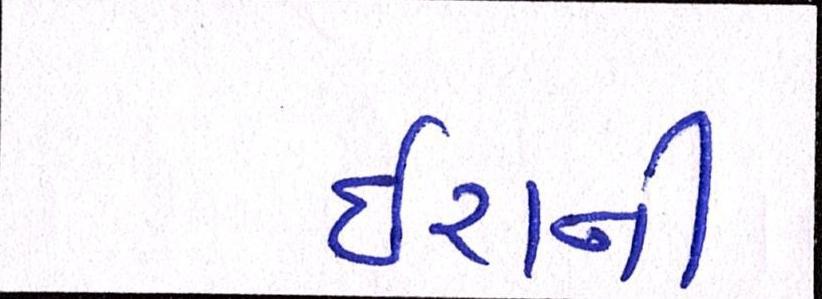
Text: ઈરાની